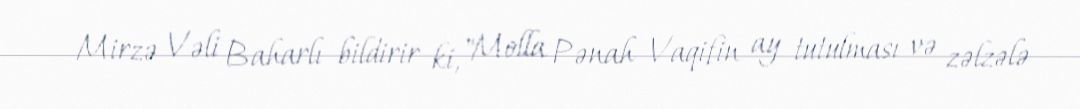
Mirzə Vəli Baharlı bildirir ki, "Molla Pənah Vaqifin ay tutulması və zəlzələ